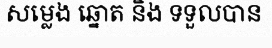
សម្លេង ឆ្នោត និង ទទួលបាន